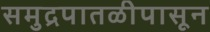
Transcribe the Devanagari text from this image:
समुद्रपातळीपासून